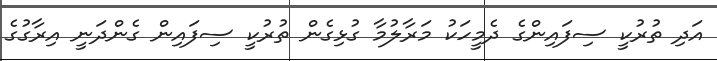
އަދި ތުރުކީ ސިފައިންގެ ދެމީހަކު މަރާލުމާ ގުޅިގެން ތުރުކީ ސިފައިން ގެންދަނީ އިރާގުގެ